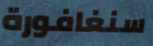
سنغافورة